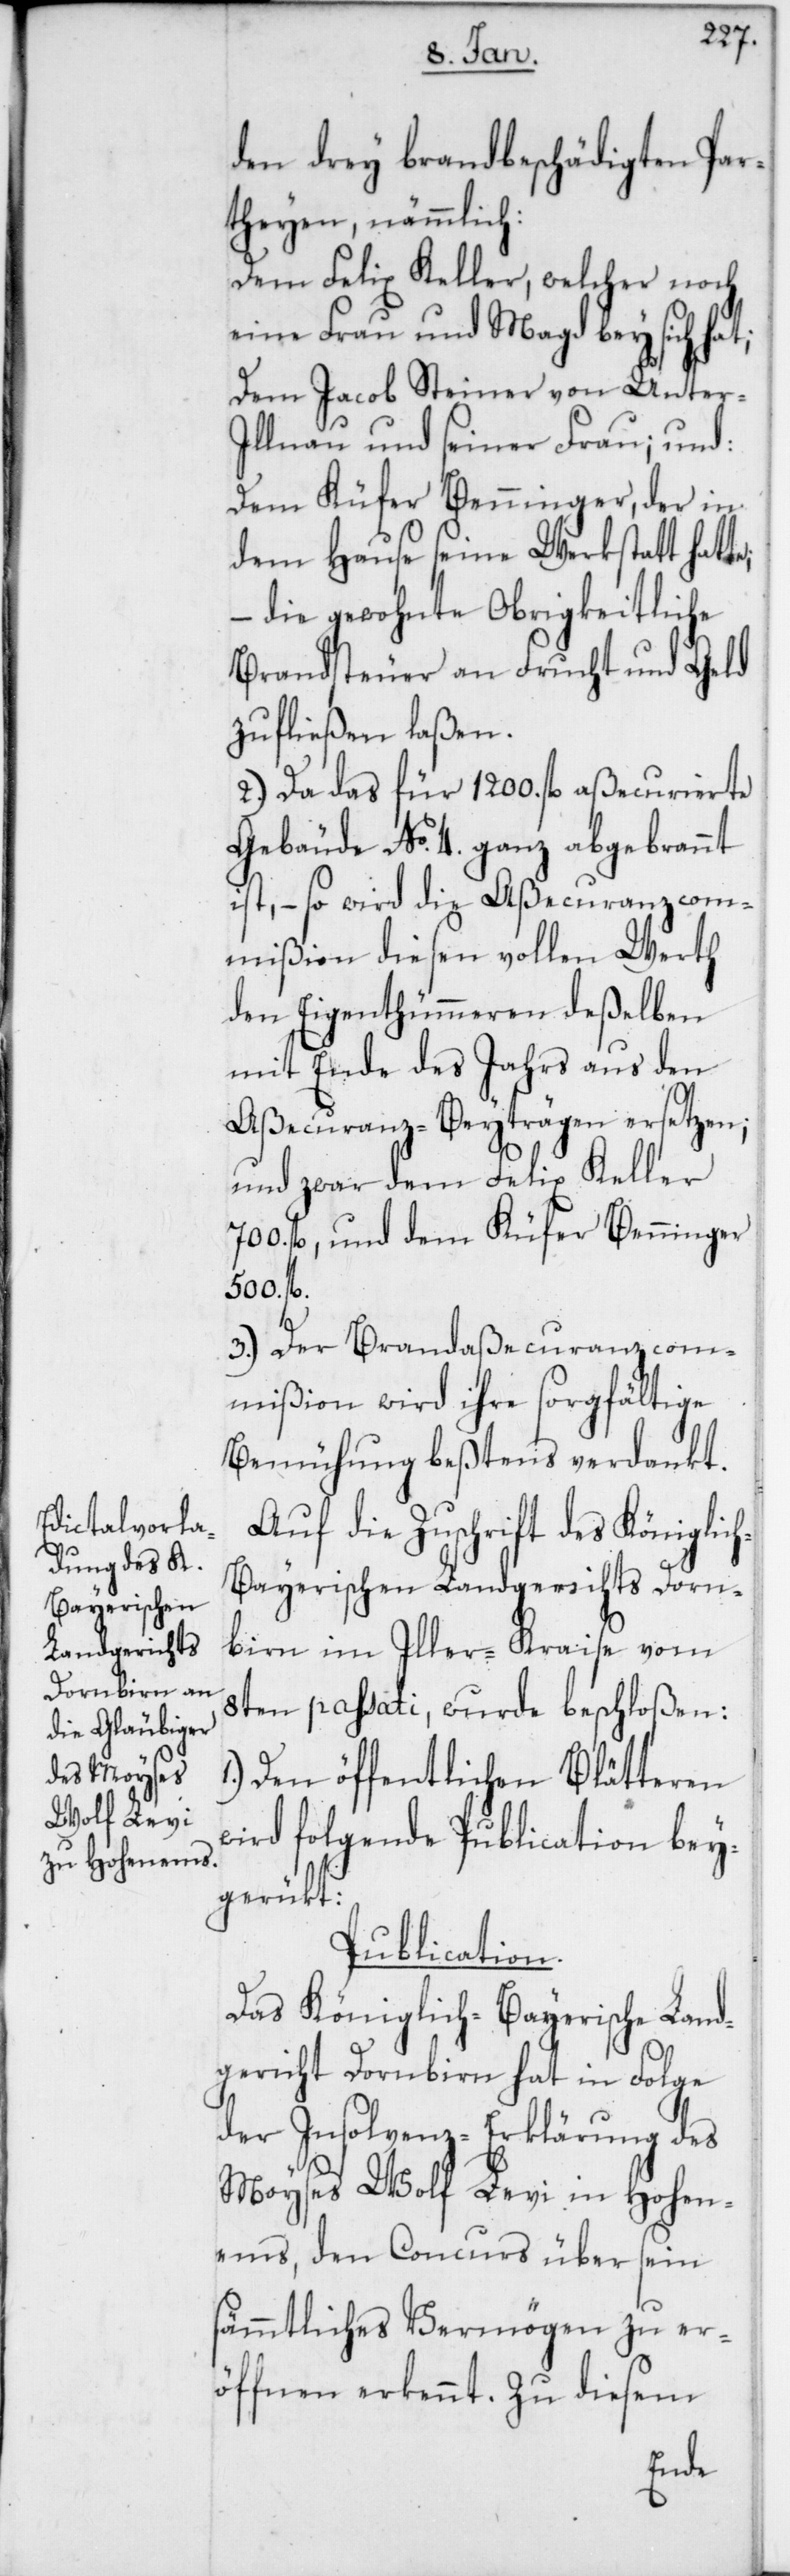
den drey brandbeschädigten Par¬
theyen, nämmlich:
Dem Felix Keller, welcher noch
eine Frau und Magd bey sich hat;
Dem Jacob Steiner von Unter-I¬
llnau und seiner Frau; und:
Dem Küfer Benninger, der in
dem Hause seine Werkstatt hatte,
die gewohnte Obrigkeitliche
Brandsteuer an Frucht und Geld
zufließen laßen.
2.) Da das für 1200. fl aßecurierte
Gebäude No. 4. ganz abgebrannt
ist, – so wird die Aßecuranzcom¬
mißion diesen vollen Werth
den Eigenthümeren deßelben
mit Ende des Jahrs aus den
Aßecuranz-Beyträgen ersetzen;
und zwar dem Felix Keller
700. fl und dem Küfer Benninger
500. fl.
3.) Der Brandaßecuranzcom¬
mißion wird ihre sorgfältige
Bemühung bestens verdankt.
Auf die Zuschrift des königlic¬
h-bayerischen Landgerichts Dorn¬
birn im Iller-Kraise vom
8ten passati, wurde beschloßen:
Den öffentlichen Blätteren
wird folgende Publication bey¬
gerükt:
Publication.
Das Königlich-Bayerische Land¬
gericht Dornbirn hat in Folge
der Insolvenz-Erklärung des
Moyses Wolf Levi in Hohen¬
ems, den Concurs über sein
sämmtliches Vermögen zu er¬
öffnen erkennt. Zu diesem